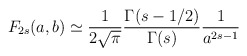
\begin{align*}F_{2s} (a,b) \simeq \frac{1}{2 \sqrt{\pi} } \frac{\Gamma(s-1/2)}{\Gamma(s)}\frac{1}{a^{2s-1}}\end{align*}